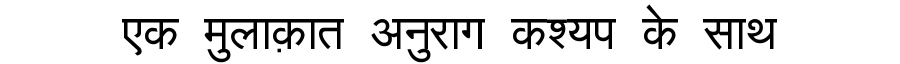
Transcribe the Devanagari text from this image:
एक मुलाक़ात अनुराग कश्यप के साथ